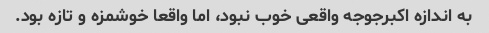
به اندازه اکبرجوجه واقعی خوب نبود، اما واقعا خوشمزه و تازه بود.